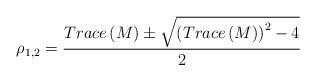
LaTeX: \begin{align*}\mathbb{\rho }_{1,2}=\frac{Trace\left( M\right) \pm \sqrt{\left( Trace\left(M\right) \right) ^{2}-4}}{2} \end{align*}